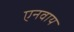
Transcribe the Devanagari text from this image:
एनवाय